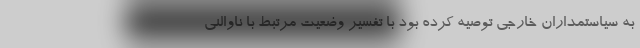
به سیاستمداران خارجی توصیه کرده بود با تفسیر وضعیت مرتبط با ناوالنی